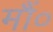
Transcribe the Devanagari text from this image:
मौं०